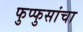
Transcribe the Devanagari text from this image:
फुप्फुसांचा